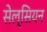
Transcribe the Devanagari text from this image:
सेल्सियन